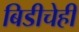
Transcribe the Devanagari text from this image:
बिडीचेही